Report on the bubonic plague in Bombay, 1896-1897
Year: 1896
Disease focus: Plague
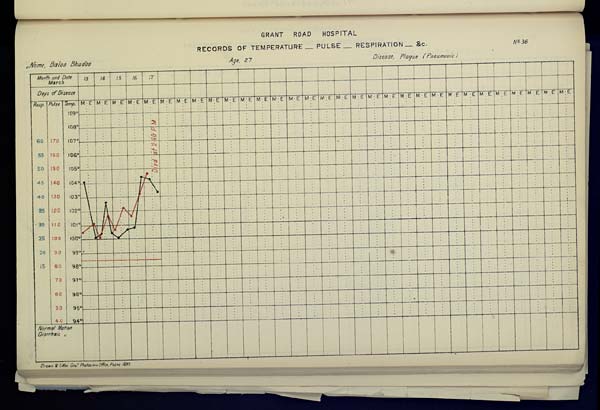
GRANT ROAD HOSPITAL
RECORDS OF TEMPERATURE __ PULSE __ RESPIRATION __ &c. No. 36
Name,
Baloo
Bhudoo
Age,
27
Disease,
Plague
(Pneumonic)
Drawn & Litho: Govt. Photozinco: Office, Poona 1897.